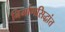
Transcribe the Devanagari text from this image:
निर्माणसिद्धांत